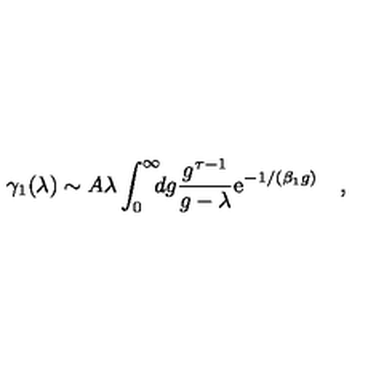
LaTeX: \gamma _ { 1 } ( \lambda ) \sim A \lambda \int _ { 0 } ^ { \infty } \! \! \! d g { \frac { g ^ { \tau - 1 } } { g - \lambda } } \mathrm { e } ^ { - 1 / ( \beta _ { 1 } g ) } \quad ,